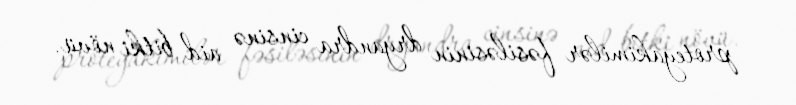
proteyakimilər fəsiləsinin dryandra cinsinə aid bitki növü.